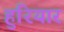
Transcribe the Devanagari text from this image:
हुरियार